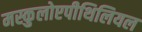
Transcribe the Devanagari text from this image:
मस्कुलोएपीथिलियल